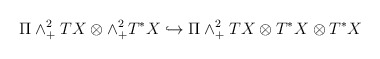
\begin{align*}\Pi \wedge^{2}_{+}TX\otimes\wedge^{2}_{+}T^{*}X \hookrightarrow \Pi\wedge^{2}_{+}TX\otimes T^{*}X\otimes T^{*}X\end{align*}